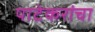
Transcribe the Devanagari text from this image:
पाटेकरांचा